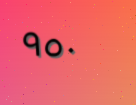
٩٥٠